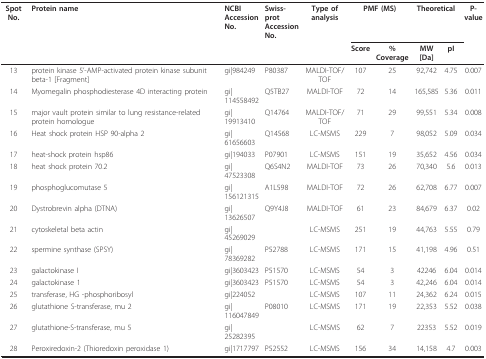
<table><thead><tr><td><b>Spot No.</b></td><td><b>Protein name</b></td><td><b>NCBIAccessionNo.</b></td><td><b>Swiss-protAccessionNo.</b></td><td><b>Type ofanalysis</b></td><td colspan="2"><b>PMF (MS)</b></td><td colspan="2"><b>Theoretical</b></td><td><b>P-value</b></td></tr><tr><td></td><td></td><td></td><td></td><td></td><td><b>Score</b></td><td><b>%Coverage</b></td><td><b>MW[Da]</b></td><td><b>pI</b></td><td></td></tr></thead><tbody><tr><td>13</td><td>protein kinase 5&#x27;-AMP-activated protein kinase subunit beta-1 [Fragment]</td><td>gi|984249</td><td>P80387</td><td>MALDI-TOF/TOF</td><td>107</td><td>25</td><td>92,742</td><td>4.75</td><td>0.007</td></tr><tr><td>14</td><td>Myomegalin phosphodiesterase 4D interacting protein</td><td>gi|114558492</td><td>Q5TB27</td><td>MALDI-TOF</td><td>72</td><td>14</td><td>165,585</td><td>5.36</td><td>0.011</td></tr><tr><td>15</td><td>major vault protein similar to lung resistance-related protein homologue</td><td>gi|19913410</td><td>Q14764</td><td>MALDI-TOF/TOF</td><td>71</td><td>29</td><td>99,551</td><td>5.34</td><td>0.008</td></tr><tr><td>16</td><td>Heat shock protein HSP 90-alpha 2</td><td>gi|61656603</td><td>Q14568</td><td>LC-MSMS</td><td>229</td><td>7</td><td>98,052</td><td>5.09</td><td>0.034</td></tr><tr><td>17</td><td>heat-shock protein hsp86</td><td>gi|194033</td><td>P07901</td><td>LC-MSMS</td><td>151</td><td>19</td><td>35,652</td><td>4.56</td><td>0.034</td></tr><tr><td>18</td><td>heat shock protein 70.2</td><td>gi|47523308</td><td>Q6S4N2</td><td>MALDI-TOF</td><td>73</td><td>26</td><td>70,340</td><td>5.6</td><td>0.013</td></tr><tr><td>19</td><td>phosphoglucomutase 5</td><td>gi|156121315</td><td>A1L598</td><td>MALDI-TOF</td><td>72</td><td>26</td><td>62,708</td><td>6.77</td><td>0.007</td></tr><tr><td>20</td><td>Dystrobrevin alpha (DTNA)</td><td>gi|13626507</td><td>Q9Y4J8</td><td>MALDI-TOF</td><td>61</td><td>23</td><td>84,679</td><td>6.37</td><td>0.02</td></tr><tr><td>21</td><td>cytoskeletal beta actin</td><td>gi|45269029</td><td></td><td>LC-MSMS</td><td>251</td><td>19</td><td>44,763</td><td>5.55</td><td>0.79</td></tr><tr><td>22</td><td>spermine synthase (SPSY)</td><td>gi|78369282</td><td>P52788</td><td>LC-MSMS</td><td>171</td><td>15</td><td>41,198</td><td>4.96</td><td>0.51</td></tr><tr><td>23</td><td>galactokinase I</td><td>gi|3603423</td><td>P51570</td><td>LC-MSMS</td><td>54</td><td>3</td><td>42246</td><td>6.04</td><td>0.014</td></tr><tr><td>24</td><td>galactokinase 1</td><td>gi|3603423</td><td>P51570</td><td>LC-MSMS</td><td>54</td><td>3</td><td>42,246</td><td>6.04</td><td>0.014</td></tr><tr><td>25</td><td>transferase, HG -phosphoribosyl</td><td>gi|224052</td><td></td><td>LC-MSMS</td><td>107</td><td>11</td><td>24,362</td><td>6.24</td><td>0.015</td></tr><tr><td>26</td><td>glutathione S-transferase, mu 2</td><td>gi|116047849</td><td>P08010</td><td>LC-MSMS</td><td>171</td><td>19</td><td>22,353</td><td>5.52</td><td>0.038</td></tr><tr><td>27</td><td>glutathione-S-transferase, mu 5</td><td>gi|25282395</td><td></td><td>LC-MSMS</td><td>62</td><td>7</td><td>22353</td><td>5.52</td><td>0.019</td></tr><tr><td>28</td><td>Peroxiredoxin-2 (Thioredoxin peroxidase 1)</td><td>gi|1717797</td><td>P52552</td><td>LC-MSMS</td><td>156</td><td>34</td><td>14,158</td><td>4.7</td><td>0.003</td></tr></tbody></table>